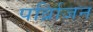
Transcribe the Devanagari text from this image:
पर्व्रािजन